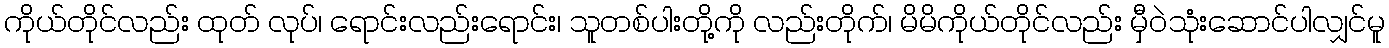
ကိုယ်တိုင်လည်း ထုတ် လုပ်၊ ရောင်းလည်းရောင်း၊ သူတစ်ပါးတို့ကို လည်းတိုက်၊ မိမိကိုယ်တိုင်လည်း မှီဝဲသုံးဆောင်ပါလျှင်မူ